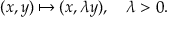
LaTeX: ( x , y ) \mapsto ( x , \lambda y ) , \quad \lambda > 0 .